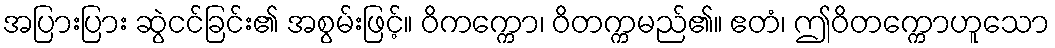
အပြားပြား ဆွဲငင်ခြင်း၏ အစွမ်းဖြင့်။ ဝိကက္ကော၊ ဝိတက္ကမည်၏။ ဧတံ၊ ဤဝိတက္ကောဟူသော